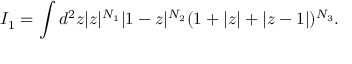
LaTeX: I _ { 1 } = \int d ^ { 2 } z | z | ^ { N _ { 1 } } | 1 - z | ^ { N _ { 2 } } ( 1 + | z | + | z - 1 | ) ^ { N _ { 3 } } .